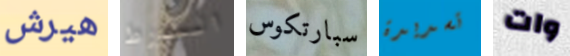
هيرش التورط سبارتكوس تسديدة وات